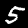
Label: 5